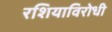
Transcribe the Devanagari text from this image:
रशियाविरोधी